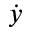
\dot { y }